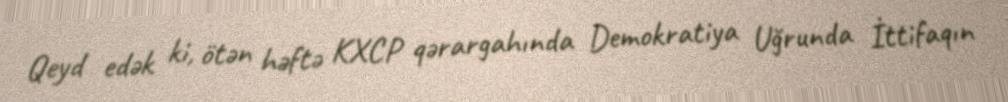
Qeyd edək ki, ötən həftə KXCP qərargahında Demokratiya Uğrunda İttifaqın